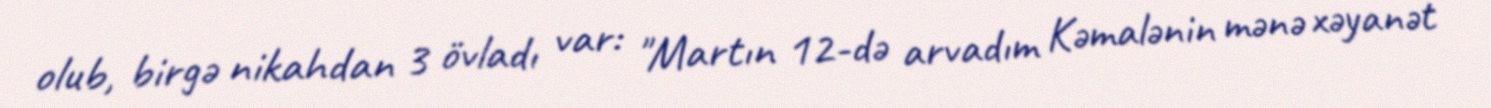
olub, birgə nikahdan 3 övladı var: "Martın 12-də arvadım Kəmalənin mənə xəyanət